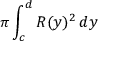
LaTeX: \pi \int _ { c } ^ { d } R ( y ) ^ { 2 } \, d y